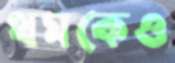
থমকেও